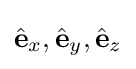
{\hat {\mathbf {e} }}_{x},{\hat {\mathbf {e} }}_{y},{\hat {\mathbf {e} }}_{z}